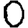
Digit: 0